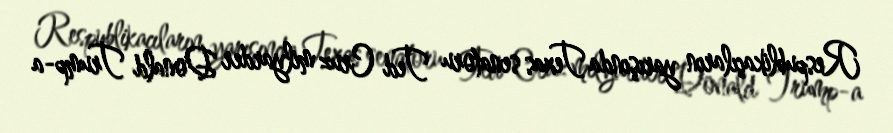
Respublikaçıların yarışında Texas senatoru Ted Cruz milyarder Donald Trump-a